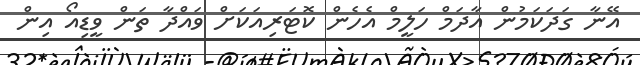
އޭނާ ގަދަކަމުން އާދަމް ހަލީމް އެހެން ކޮޓަރިއަކަށް ވައްދާ ތަން ވީޑިއޯ އިން